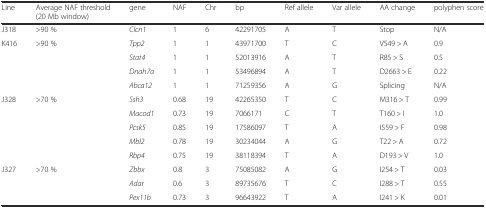
<table><thead><tr><td><b>Line</b></td><td><b>Average NAF threshold (20 Mb window)</b></td><td><b>gene</b></td><td><b>NAF</b></td><td><b>Chr</b></td><td><b>bp</b></td><td><b>Ref allele</b></td><td><b>Var allele</b></td><td><b>AA change</b></td><td><b>polyphen score</b></td></tr></thead><tbody><tr><td>J318</td><td>&gt;90 %</td><td><i>Clcn1</i></td><td>1</td><td>6</td><td>42291705</td><td>A</td><td>T</td><td>Stop</td><td>N/A</td></tr><tr><td rowspan="4">K416</td><td rowspan="4">&gt;90 %</td><td><i>Tpp2</i></td><td>1</td><td>1</td><td>43971700</td><td>T</td><td>C</td><td>V549 &gt; A</td><td>0.9</td></tr><tr><td><i>Stat4</i></td><td>1</td><td>1</td><td>52013916</td><td>A</td><td>T</td><td>R85 &gt; S</td><td>0.5</td></tr><tr><td><i>Dnah7a</i></td><td>1</td><td>1</td><td>53496894</td><td>A</td><td>T</td><td>D2663 &gt; E</td><td>0.22</td></tr><tr><td><i>Abca12</i></td><td>1</td><td>1</td><td>71259356</td><td>A</td><td>G</td><td>Splicing</td><td>N/A</td></tr><tr><td rowspan="5">J328</td><td rowspan="5">&gt;70 %</td><td><i>Ssh3</i></td><td>0.68</td><td>19</td><td>42265350</td><td>T</td><td>C</td><td>M316 &gt; T</td><td>0.99</td></tr><tr><td><i>Macod1</i></td><td>0.73</td><td>19</td><td>7066171</td><td>C</td><td>T</td><td>T160 &gt; I</td><td>1.0</td></tr><tr><td><i>Pcsk5</i></td><td>0.85</td><td>19</td><td>17586097</td><td>T</td><td>A</td><td>I559 &gt; F</td><td>0.98</td></tr><tr><td><i>Mbl2</i></td><td>0.78</td><td>19</td><td>30234044</td><td>A</td><td>G</td><td>T22 &gt; A</td><td>0.72</td></tr><tr><td><i>Rbp4</i></td><td>0.75</td><td>19</td><td>38118394</td><td>T</td><td>A</td><td>D193 &gt; V</td><td>1.0</td></tr><tr><td rowspan="3">J327</td><td rowspan="3">&gt;70 %</td><td><i>Zbbx</i></td><td>0.8</td><td>3</td><td>75085082</td><td>A</td><td>G</td><td>I254 &gt; T</td><td>0.03</td></tr><tr><td><i>Adar</i></td><td>0.6</td><td>3</td><td>89735676</td><td>T</td><td>C</td><td>I288 &gt; T</td><td>0.55</td></tr><tr><td><i>Pex11b</i></td><td>0.73</td><td>3</td><td>96643922</td><td>T</td><td>A</td><td>I241 &gt; K</td><td>0.01</td></tr></tbody></table>